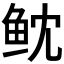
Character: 𱇙